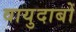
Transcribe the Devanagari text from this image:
वायुदाबों